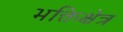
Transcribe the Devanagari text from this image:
भक्तिक्षेत्र